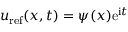
u _ { \mathrm { r e f } } ( x , t ) = \psi ( x ) \mathrm { e } ^ { \mathrm { i } t }